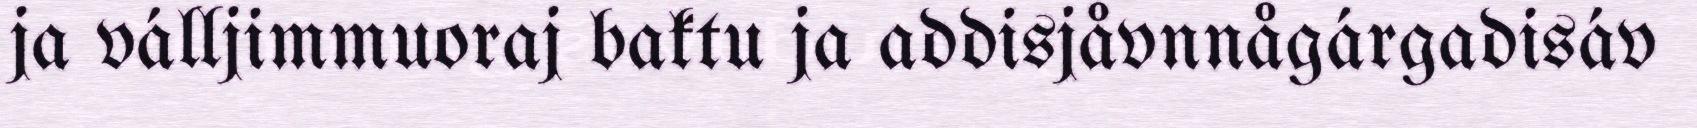
ja válljimmuoraj baktu ja addisjåvnnågárgadisáv